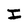
Character: I